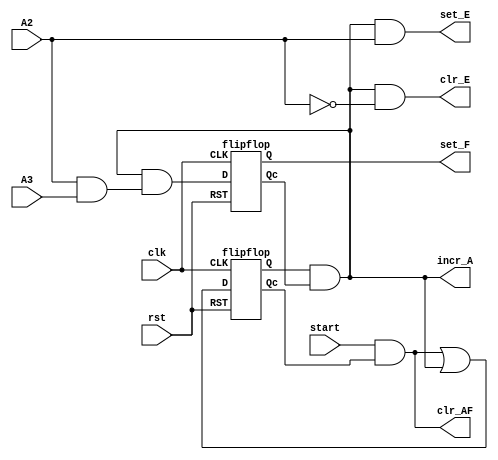
module controller(clr_AF, incr_A, set_E, set_F, clr_E,
						start, A2, A3, clk, rst);
output clr_AF, incr_A, set_E, set_F, clr_E;
input start, A2, A3, clk, rst;

wire w1, w2, w3;
wire d0, d1;
wire G0, G1, G0_c, G1_c;

flipflop g0(G0, G0_c, clk, d0, rst);
flipflop g1(G1, G1_c, clk, d1, rst);

assign w1 = start&G0_c;
assign w2 = G0&G1_c;
assign w3 = A2&A3;
assign d0 = w1|w2;
assign d1 = w2&w3;

assign clr_AF = start&G0_c;
assign incr_A = w2;
assign set_E = w2&A2;
assign set_F = G1;
assign clr_E = w2&!A2;

endmodule


module flipflop(Q, Qc, CLK, D, RST);
input CLK, D, RST;
output Q;
output Qc;

wire S, R;
wire Sc, Rc;

nand g1(Sc, Rc, S);
nand g2(S, Sc, CLK, RST);
nand g3(R, Rc, CLK);
nand g4(Rc, R, D, RST);

nand g5(Q, Qc, S);
nand g6(Qc, Q, R, RST);

endmodule